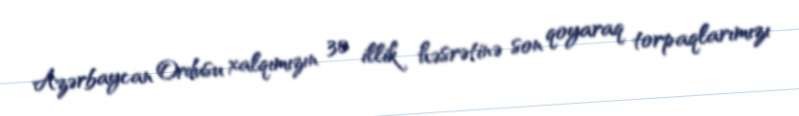
Azərbaycan Ordusu xalqımızın 30 illik həsrətinə son qoyaraq torpaqlarımızı